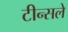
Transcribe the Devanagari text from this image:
टीन्सले